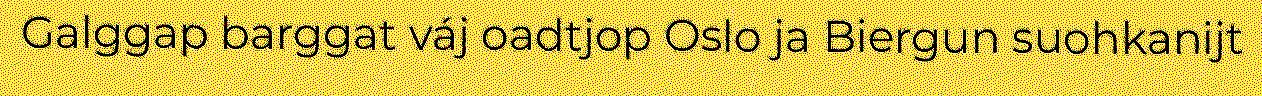
Galggap barggat váj oadtjop Oslo ja Biergun suohkanijt